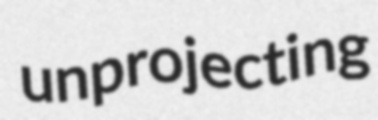
unprojecting